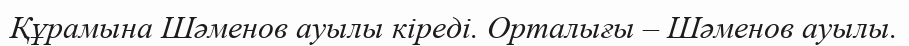
Құрамына Шәменов ауылы кіреді. Орталығы – Шәменов ауылы.